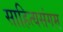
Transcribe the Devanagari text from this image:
साहित्यसंगम